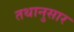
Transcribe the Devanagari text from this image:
तथानुसार